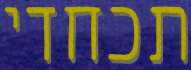
תכחדי